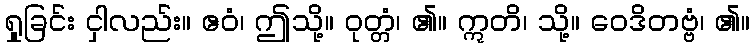
ရှုခြင်း ငှါလည်း။ ဧဝံ၊ ဤသို့။ ဝုတ္တံ၊ ၏။ ဣတိ၊ သို့။ ဝေဒိတဗ္ဗံ၊ ၏။